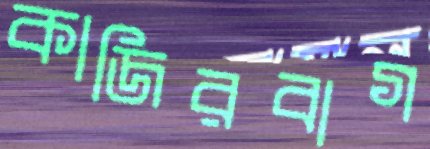
কাজিরবাগ